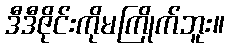
ဒီဒီဇိုင်းကိုမကြိုက်ဘူး။